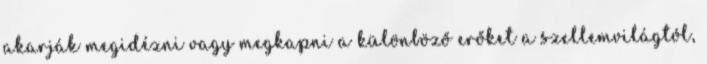
akarják megidézni vagy megkapni a különböző erőket a szellemvilágtól,